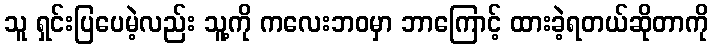
သူ ရှင်းပြပေမဲ့လည်း သူ့ကို ကလေးဘဝမှာ ဘာကြောင့် ထားခဲ့ရတယ်ဆိုတာကို